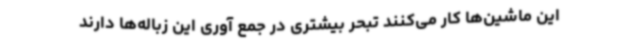
این ماشین‌ها کار می‌کنند تبحر بیشتری در جمع آوری این زباله‌ها دارند